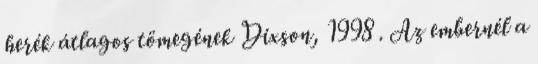
herék átlagos tömegének Dixson, 1998 . Az embernél a